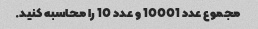
مجموع عدد 10001 و عدد 10 را محاسبه کنید.